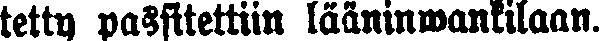
tetty passitettiin lääninwankilaan.